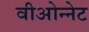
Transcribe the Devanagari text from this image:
वीओन्नेट